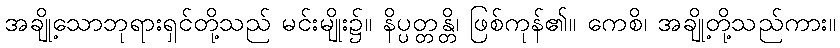
အချို့သောဘုရားရှင်တို့သည် မင်းမျိုး၌။ နိပ္ပတ္တန္တိ၊ ဖြစ်ကုန်၏။ ကေစိ၊ အချို့တို့သည်ကား။